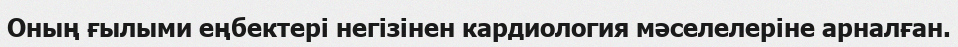
Оның ғылыми еңбектері негізінен кардиология мәселелеріне арналған.